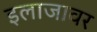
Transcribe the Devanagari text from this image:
इलाजावर